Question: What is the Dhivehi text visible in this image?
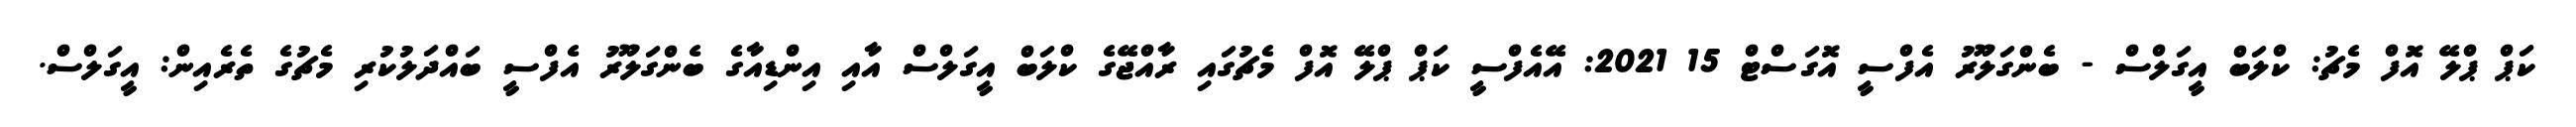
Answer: ކަޕް ޕްލޭ އޮފް މެޗު: ކްލަބް އީގަލްސް - ބެންގަލޫރު އެފްސީ އޮގަސްޓް 15 2021: އޭއެފްސީ ކަޕް ޕްލޭ އޮފް މެޗުގައި ރާއްޖޭގެ ކްލަބް އީގަލްސް އާއި އިންޑިއާގެ ބެންގަލޫރު އެފްސީ ބައްދަލުކުރި މެޗުގެ ތެރެއިން: އީގަލްސް.